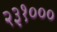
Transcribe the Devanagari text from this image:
२३१०००